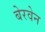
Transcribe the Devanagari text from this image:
बेरवेन